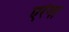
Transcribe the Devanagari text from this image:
एरंगा